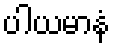
ပါယမာနံ